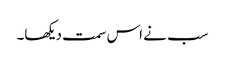
سب نے اس سمت دیکھا۔